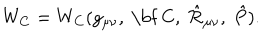
W _ { C } = W _ { C } ( g _ { \mu \nu } , \ \mathrm { \bf ~ C } , \ \hat { \cal R } _ { \mu \nu } , \ \hat { P } ) .